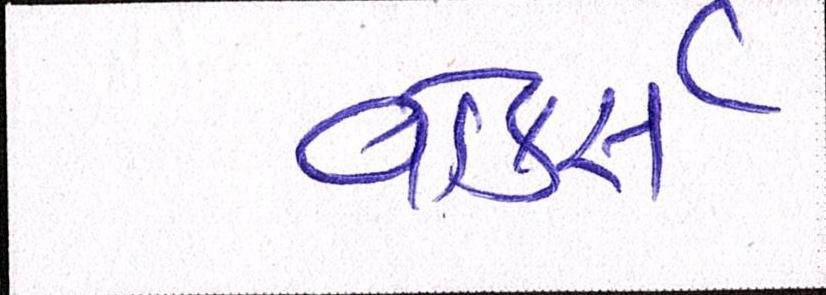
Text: વોકર્સ